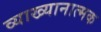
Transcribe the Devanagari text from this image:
व्याख्यानात्मक